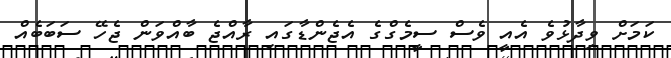
ކަމަށް ވިދާޅުވެ އެއީ ވެސް ސީމެގްގެ އެޖެންޑާގައި ރާއްޖެ ބާއްވަން ޖެހޭ ސަބަބެއް